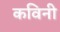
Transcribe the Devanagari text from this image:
कविनी